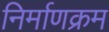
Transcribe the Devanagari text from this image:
निर्माणक्रम